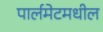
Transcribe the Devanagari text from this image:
पार्लमेटमधील